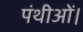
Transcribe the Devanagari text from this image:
पंथीओं।